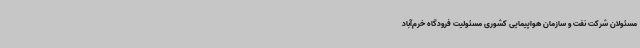
مسئولان شرکت نفت و سازمان هواپیمایی کشوری مسئولیت فرودگاه خرم‌آباد